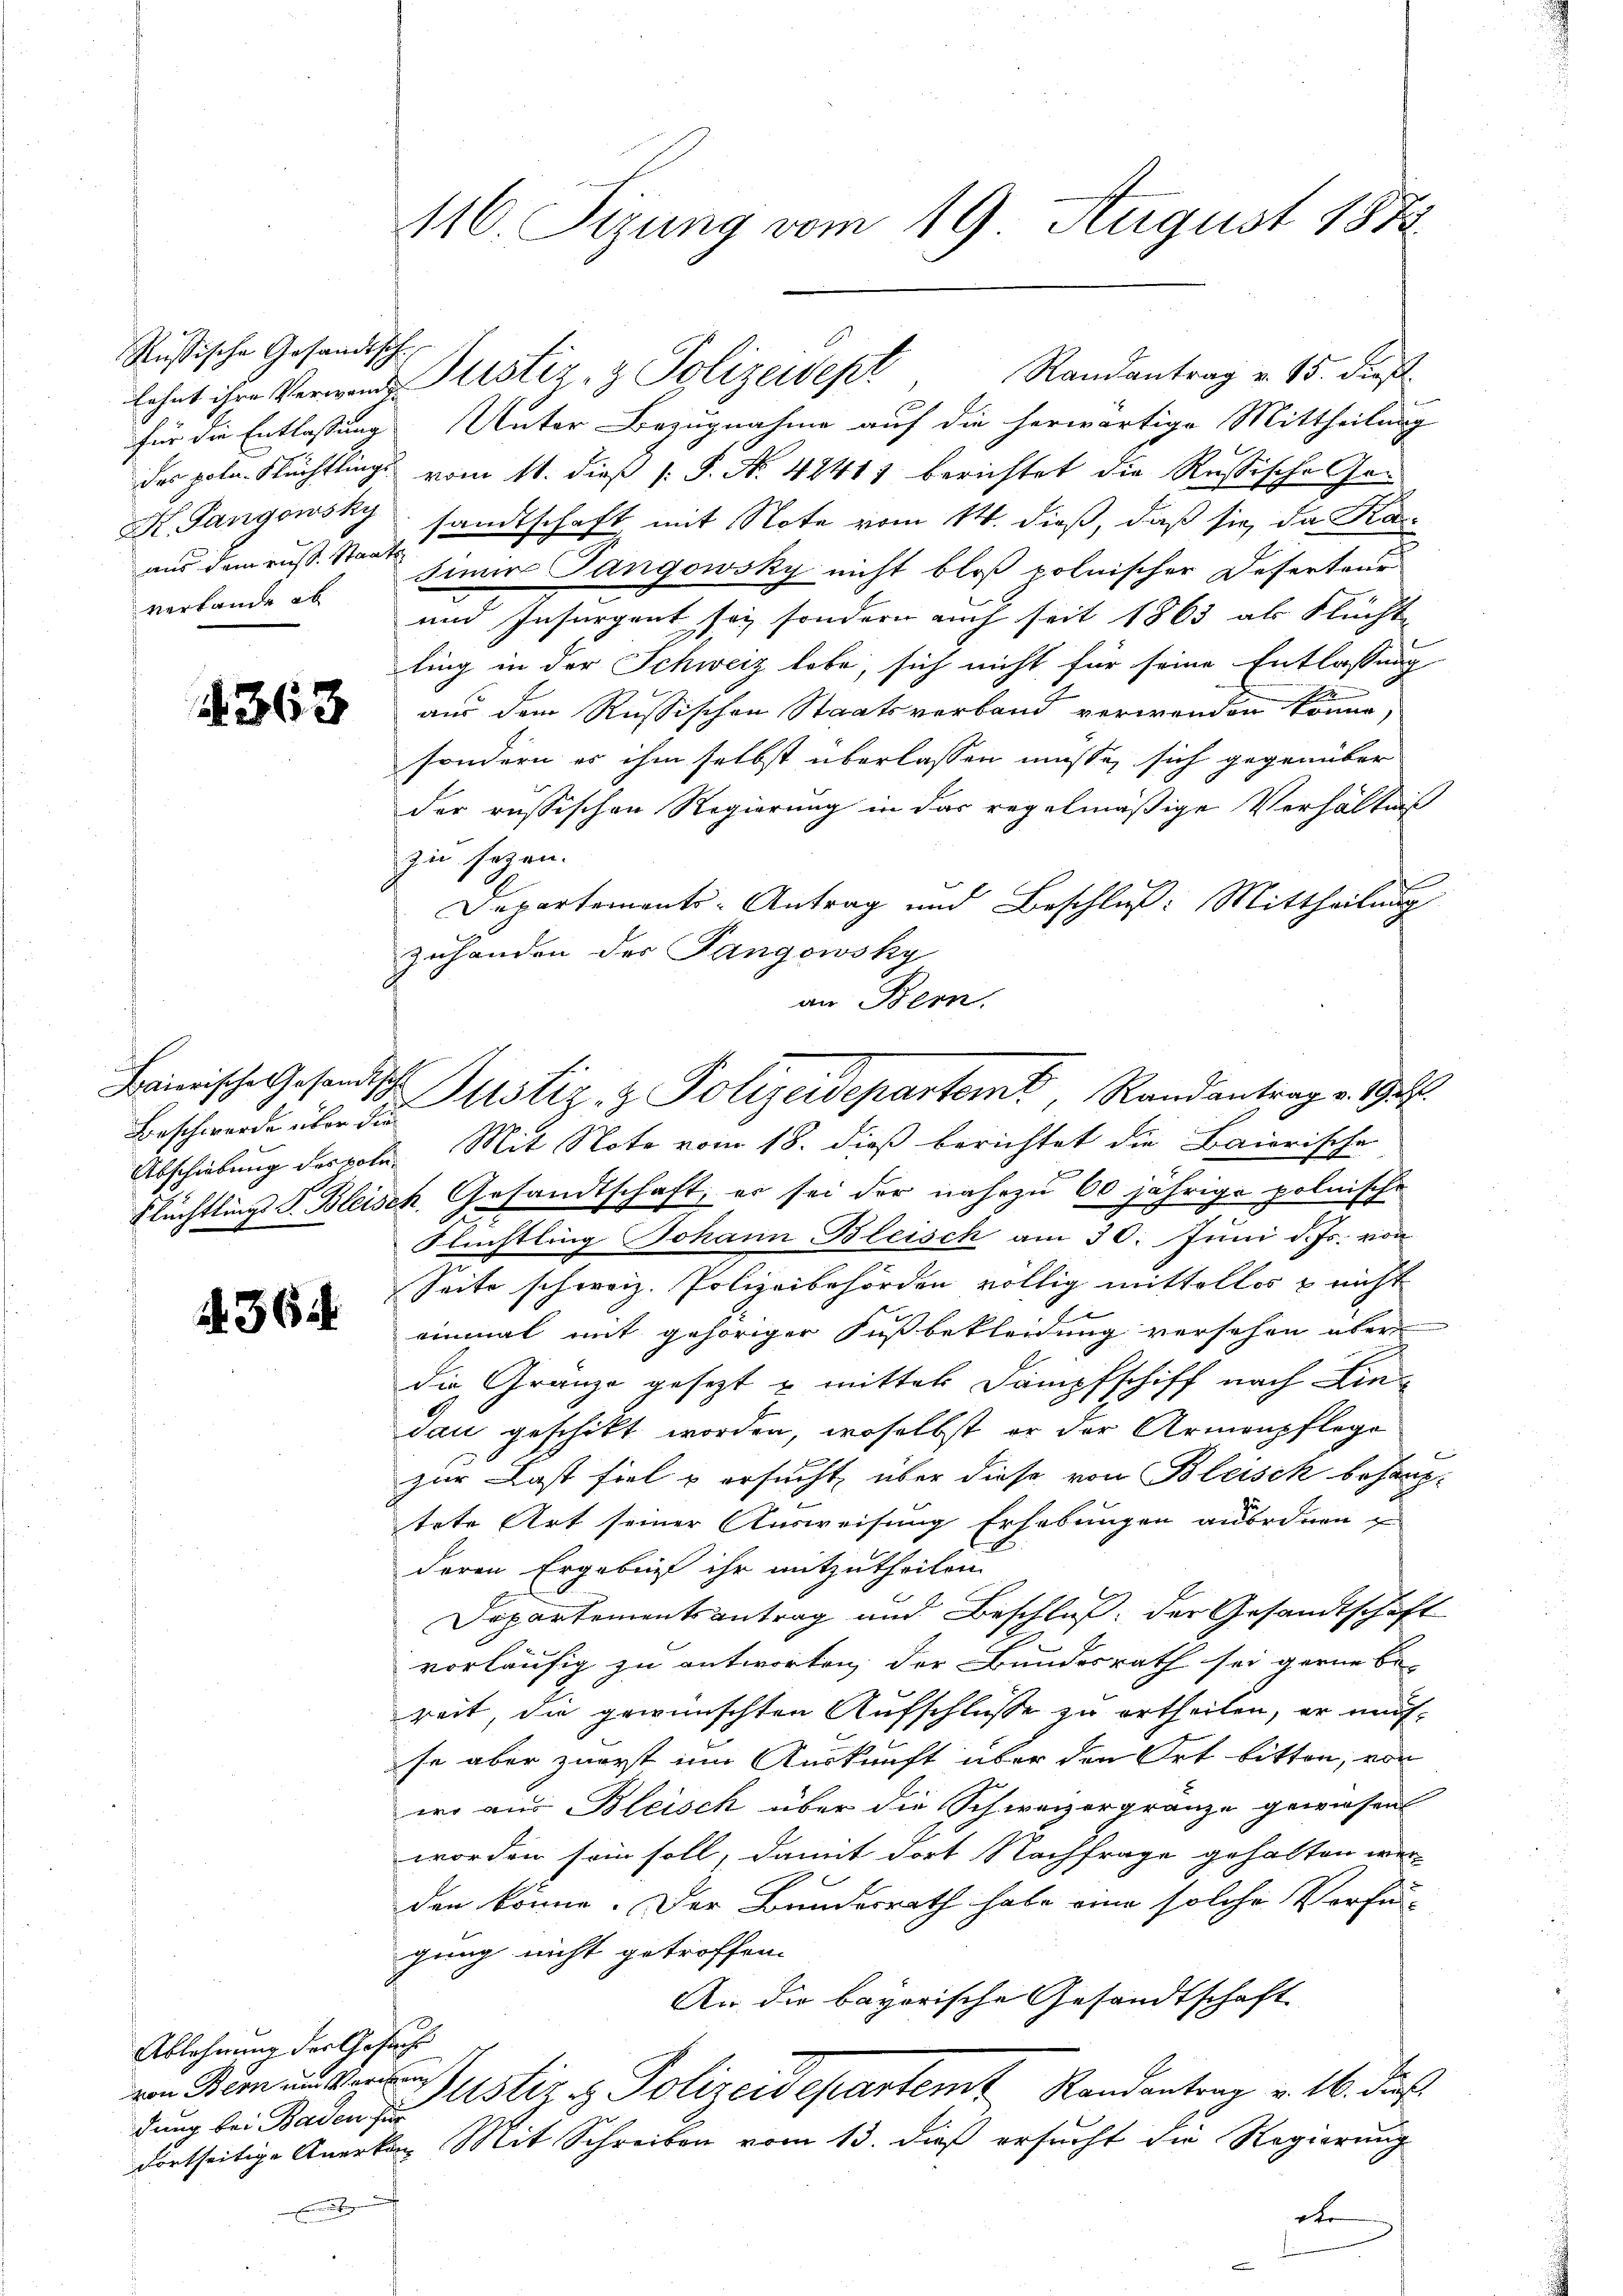
Russische Gesandtsch
H Gangowsky
aus dem rust. Staatsverbande ab

4363

Baierische Gesandtsche
Beschwerde über die

A 364

Ablehnung der Gesuch
von Bern um Verden
dung bei Baden für

e

116. Sizung vom 19. August 1873

Randantrag v. 15. dieß
lehnt ihre Verwende Sistiz- & Polizeidept
für die Entlassung Unter Bezugnahme auf die herwärtige Mittheilung
des pota. Flüchtlings vom 11. dieß P. Nr. 48411 berichtet die Rußische Gesandtschaft mit Note vom 14. dieß, daß sie, da Karsimirs Gangowsky nicht bloß polnischer Deserteur
und Insurgent sei sondern auch seit 1863 als Flucht
ling in der Schweiz habe, sich nicht für seine Entlassung
aus dem Russischen Staatsverband verwenden könne,
sondern es ihm selbst überlassen müsse, sich gegenüber
der russischen Regierung in das regelmäßige Verhältniß
zu sezen.
1
Departements-Antrag und Beschluß: Mittheilung
zuhanden des Tangowsky
an Bern.
Abschiebung der pole. Mit Note vom 18. dieß berichtet die Baierische
Flüchtling S. Bleisch Gesandtschaft, er sei der nahezu 60jährige polnische
Flüchtling Johann Bleisch am 30. Juni d. Js. von
Seite schweiz. Polizeibehörden völlig mittellos & nicht
einmal mit gehöriger Fußbekleidung versehen über
die Granze gesetzt & mittel Dampfschiff nach Eindan geschikt worden, woselbst er der Armenpflege
zur Last fiel u ersucht, über diese von Bleisek behaup-
tete Art seiner Ausweisung Erhebungen auseinen und
deren Ergebnis ihr mitzutheilen.
Departementsantrag und Beschluß der Gesandtschaft
vorläufig zu antworten, der Bundesrath sei gerne be-
reit, die gewünschten Aufschlüße zu ertheilen, er mehse aber zuerst um Auskunft über den Ort bitten, vor
wo aus Bleisch über die Schweizergränze gewiesen
worden sein soll, damit dort Nachfrage gehalten wer-
den könne. Der Bundesrath habe eine solche Verfü-
gung nicht getroffen.
An die bayorische Gesandtschaft
Justiz & Polizeidepartemt Randantrag v. 16. der
dortseitige Anerkann Mit Schreiben vom 13. dieß ersucht die Regierung
et

Justiz- & Polizeidepartemt, Randantrag v. 19.